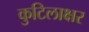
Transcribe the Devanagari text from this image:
कुटिलाक्षर